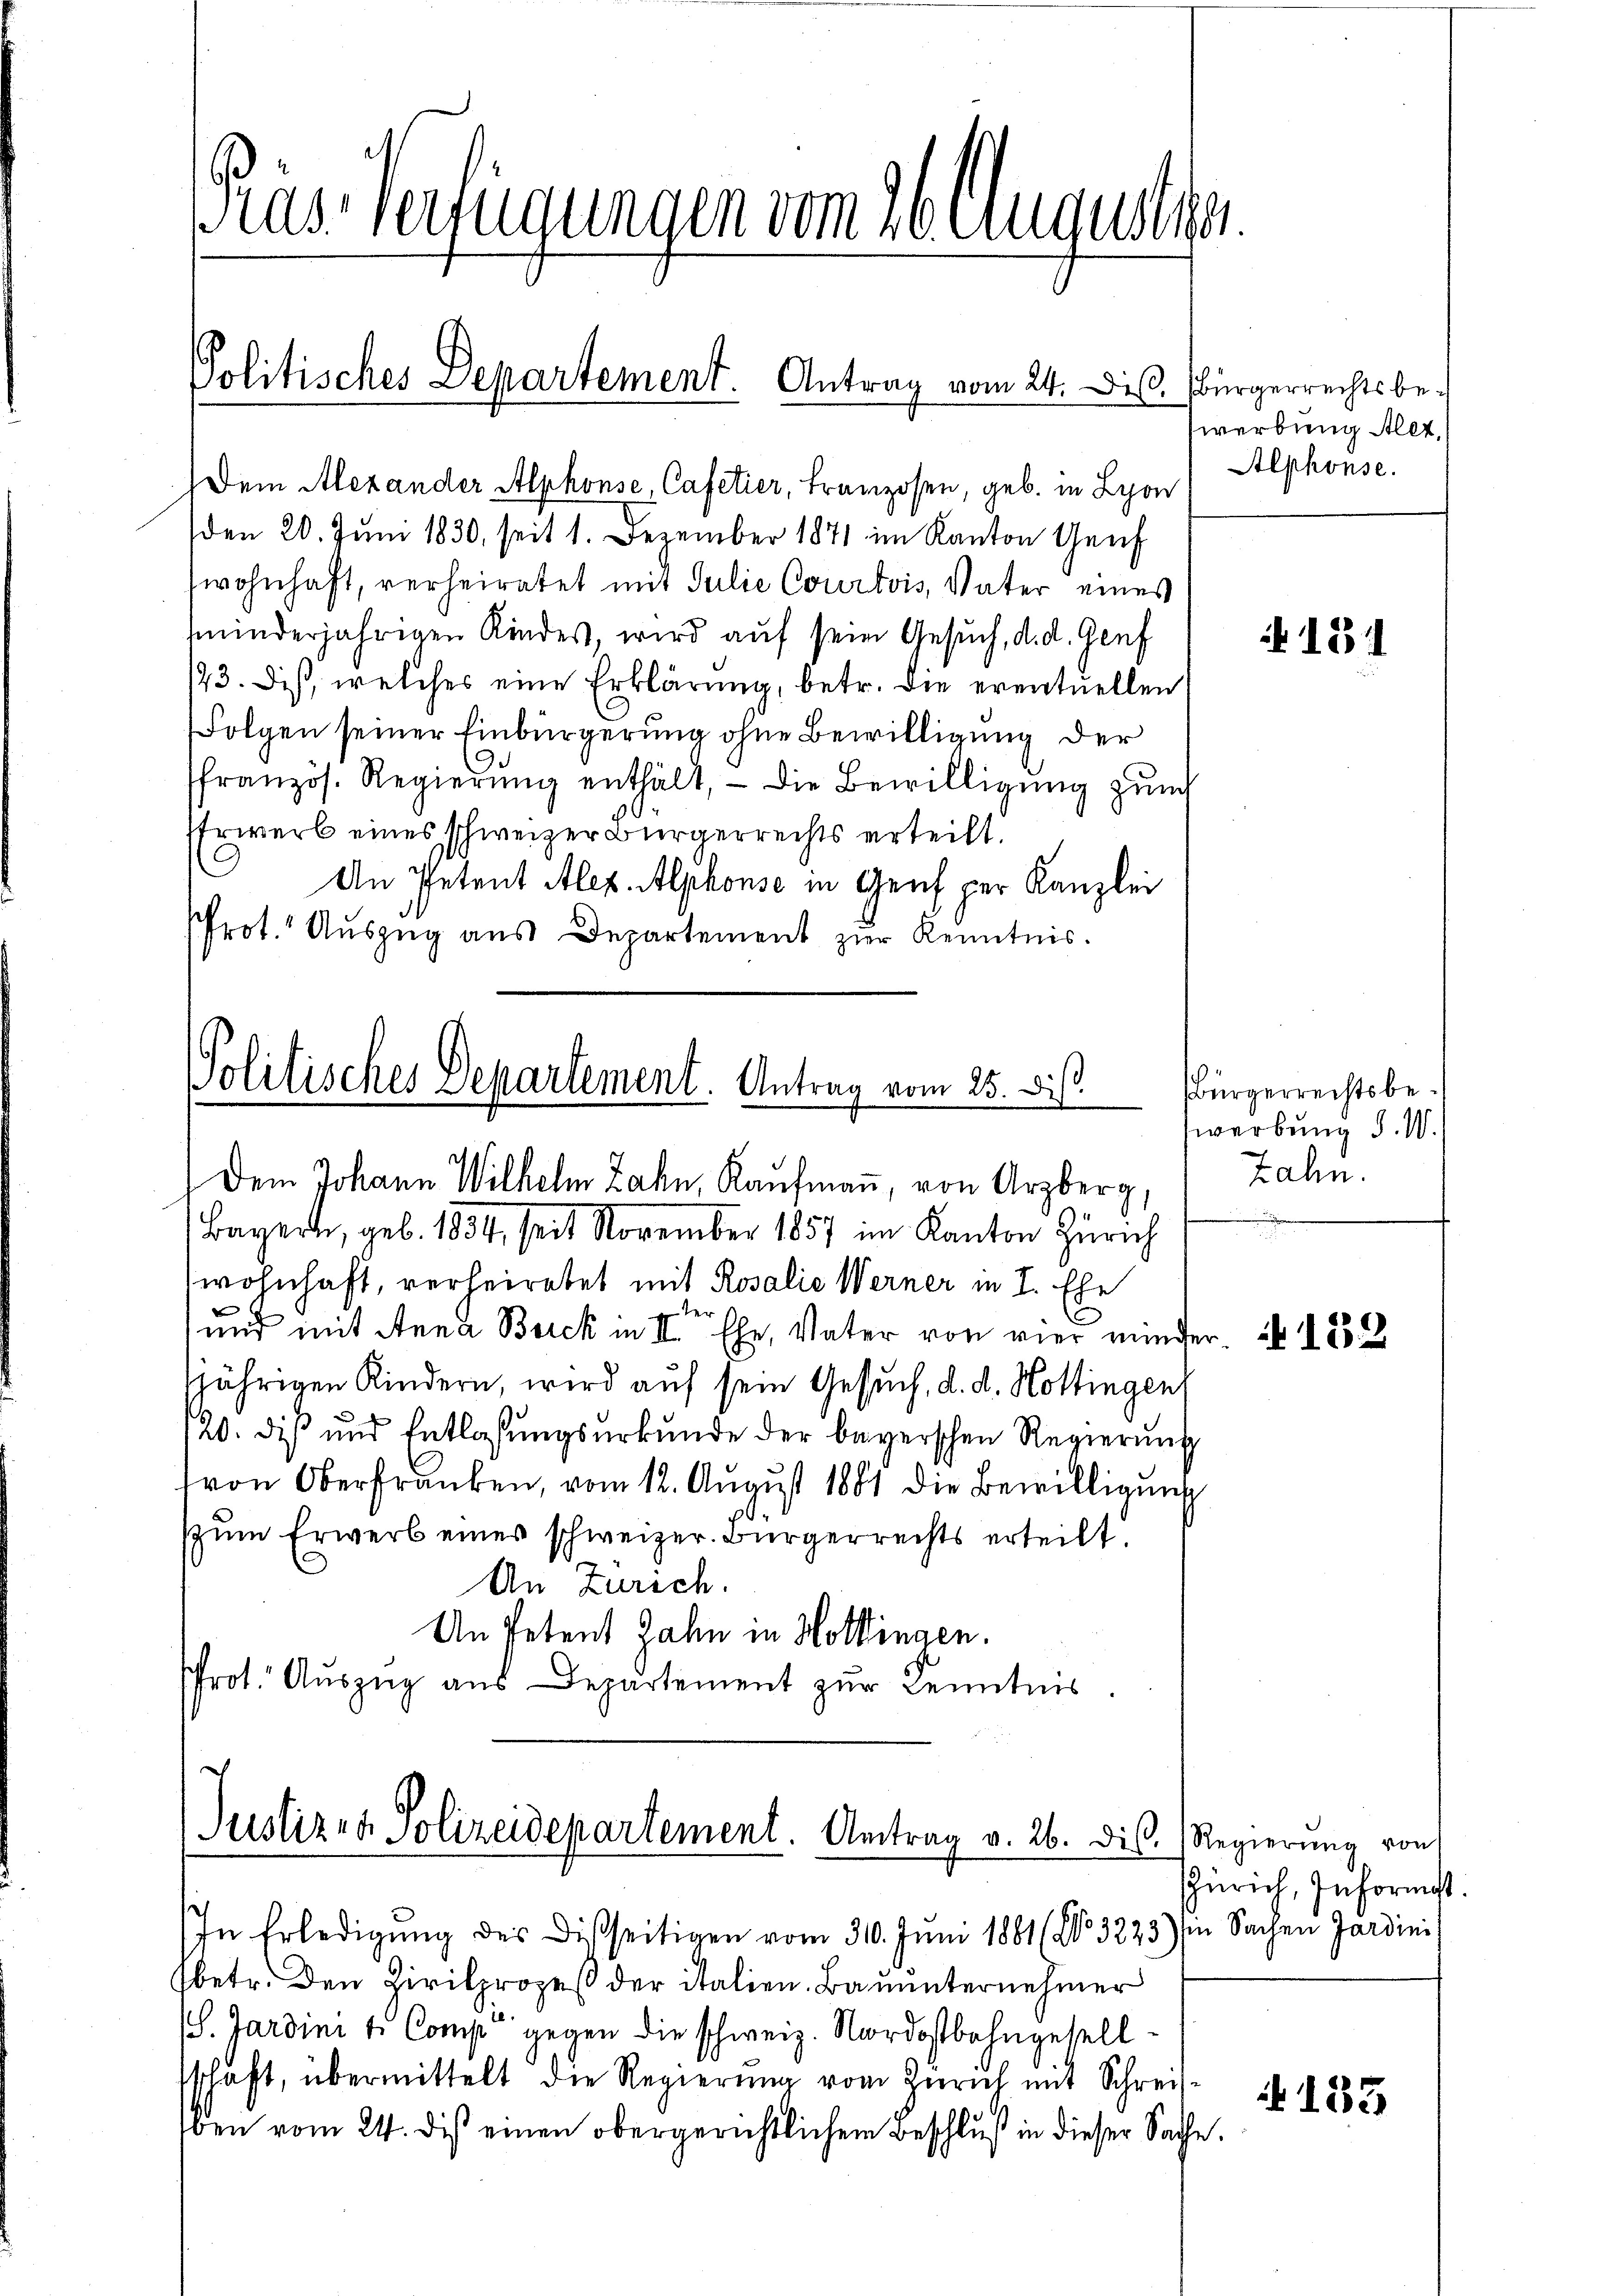
Pras Verfügungen vom 26. August er

Dem Alexander Alphonse, Cafetier, Franzosen, geb. in Lyon
(den 20. Juni 1830, seit 1. Dezember 1871 im Kanton Genf
wohnhaft, verheiratet mit Julie Courtois, Vater eines
minderjährigen Kindes, wird auf sein Gesuch, d. d. Genf
/23. Diß, welches eine Erklärung, betr. die eventuellen
Folgen seiner Einbürgerung ohne Bewilligung der
ffranzös. Regierŭng enthält, die Bewilligung zum
Erwerb eines schweizer Bürgerrechts erteilt.
An Petent Alex Alphonse in Genf per Kanzlei
Prot. Auszug aus Departement zur Kenntnis.

Politisches Departement. Antrag vom 24. Dis. Bürgerrechtsbe¬

Politisches Departement. Antrag vom 25. Dis
Dem Johann Wilhelm Zahn, Kaufmann, von Arzberg,

Justizen Polizeidepartement. Antrag v. 26. dis. Regierŭng von
In Erledigung des Disseitigen vom 310. Juni 1881 (No 3223) Sachen Jardinis

werbung Alet,
Alphonse.

Bayern, geb. 1834, seit November 1857 im Kanton Zürich
wohnhaft, verheiratet mit Rosalie Werner in I. Ehe
ter
und mit Anna Burck in II. Ehe, Vater von vier minder¬
Nährigen Kindern, wird auf sein Gesuch, d. d. Hottingen,
/20. dis und Entlassungsurkunde der begerschen Regierung
von Oberfranken, vom 12. August 1881 die Bewilligung
szŭm Erwerb eines schweizer. Bürgerrechts erteilt.
An Zürich.
An Petent Jahn in Hollingen.
Prot. Auszug aus Departement zur Kenntnis.

Bürgerrechtsbewerbung d. M.
zahn.

sbetr. den Zivilprozeß der italien. Bauunternehmer
S. Gardini l. Comp. gegen die schweiz. Nordostbahngesell
schaft, übermittelt die Regierŭng vom Zürich mit Schreisben vom 24. dis einen obergerichtlichem Beschluß in dieser Sache.

N 131

152

Zürich, Informt.

A 153